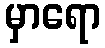
မှာရော